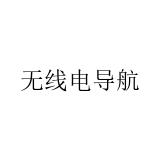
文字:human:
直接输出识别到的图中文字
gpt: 无线电导航